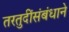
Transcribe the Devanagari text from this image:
तरतुदींसंबंधाने